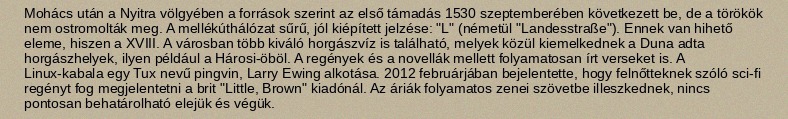
Mohács után a Nyitra völgyében a források szerint az első támadás 1530 szeptemberében következett be, de a törökök nem ostromolták meg. A mellékúthálózat sűrű, jól kiépített jelzése: "L" (németül "Landesstraße"). Ennek van hihető eleme, hiszen a XVIII. A városban több kiváló horgászvíz is található, melyek közül kiemelkednek a Duna adta horgászhelyek, ilyen például a Hárosi-öböl. A regények és a novellák mellett folyamatosan írt verseket is. A Linux-kabala egy Tux nevű pingvin, Larry Ewing alkotása. 2012 februárjában bejelentette, hogy felnőtteknek szóló sci-fi regényt fog megjelentetni a brit "Little, Brown" kiadónál. Az áriák folyamatos zenei szövetbe illeszkednek, nincs pontosan behatárolható elejük és végük.